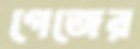
গেজের